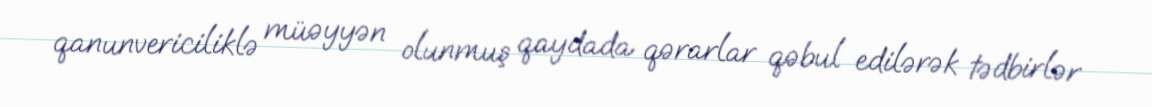
qanunvericiliklə müəyyən olunmuş qaydada qərarlar qəbul edilərək tədbirlər